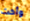
وأخت